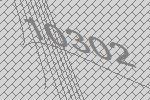
10302